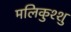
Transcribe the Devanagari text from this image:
मलिकुश्शु